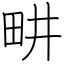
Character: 畊